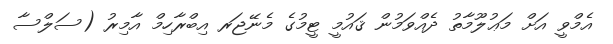
އެމްވީ އަށް މަޢުލޫމާތު ދެއްވަމުން ޤައުމީ ޓީމުގެ މެނޭޖަރ އިބްރާހިމް އާމިރު (ސަލްސާ